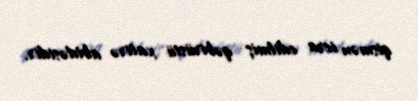
qismən icra edilmiş qəbirüstü xatirə abidəsidir.